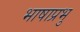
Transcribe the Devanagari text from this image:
भाषाप्रभु